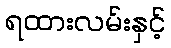
ရထားလမ်းနှင့်